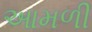
આમળી